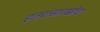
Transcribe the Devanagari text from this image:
इतरांसारखीच